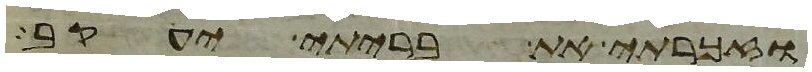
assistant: וזכרתי את בריתי יעקב